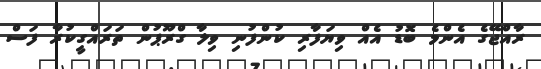
ރާއްޖޭގެ އެންމެ ބޮޑު އެއް ވިޔަފާރި ކުންފުނި ވިލާ ގްރޫޕުން ތަރައްގީކުރާ ފަސް